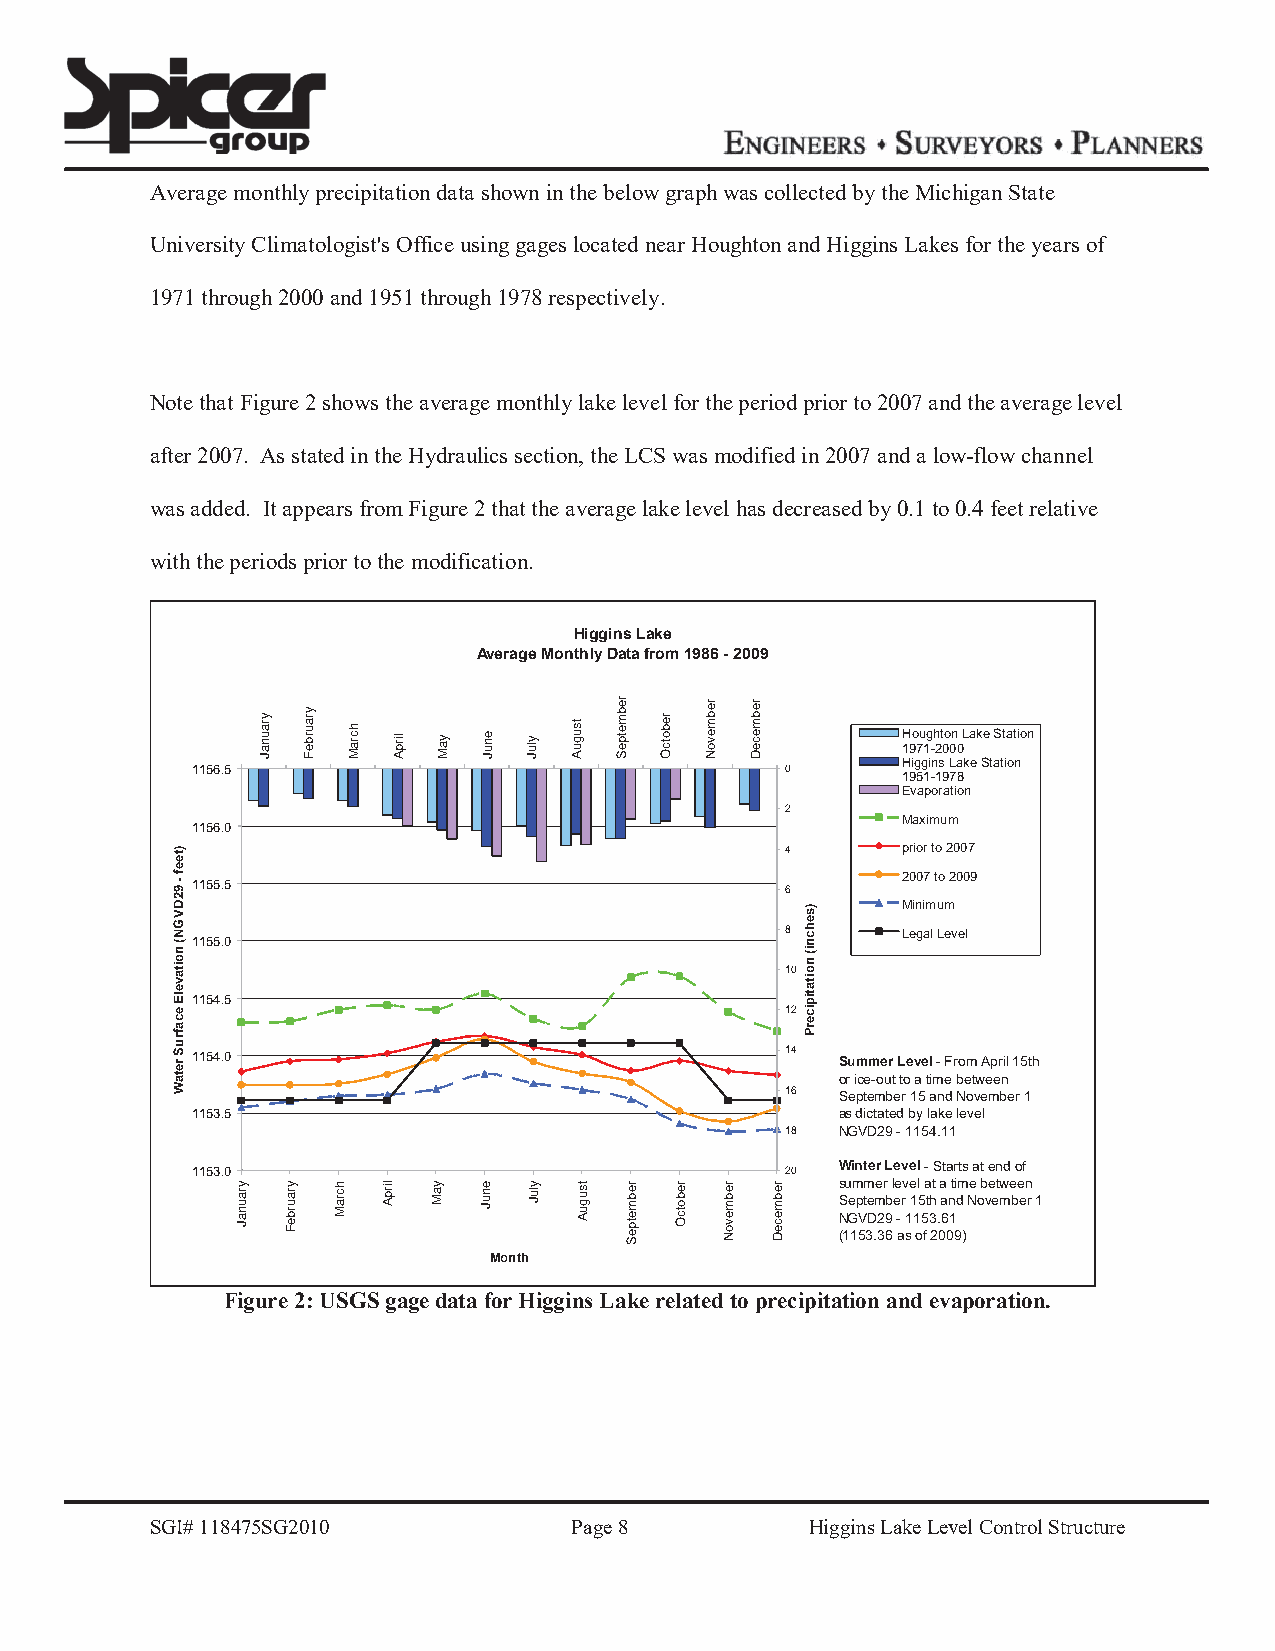
Average monthly precipitation data shown in the below graph was collected by the Michigan State
 University Climatologist's Office using gages located near Houghton and Higgins Lakes for the years of
 1971 through 2000 and 1951 through 1978 respectively.
 Note that Figure 2 shows the average monthly lake level for the period prior to 2007 and the average level
 after 2007. As stated in the Hydraulics section, the LCS was modified in 2007 and a low-flow channel
 was added. It appears from Figure 2 that the average lake level has decreased by 0.1 to 0.4 feet relative
 with the periods prior to the modification.
 Higgins Lake
 Average Monthly Data from 1986 - 2009
 Houghton Lake Station
 1971-2000
 Higgins Lake Station
 1156.5                                 0
 1951-1978
 Evaporation
 2
 Maximum
 1156.0
 4       prior to 2007
 2007 to 2009
 1155.5                                 6
 Minimum
 8       Legal Level
 1155.0
 10
 1154.5
 12
 1154.0                                 14  Summer Level - From April 15th
 or ice-out to a time between
 16  September 15 and November 1
 1153.5                                     as dictated by lake level
 18  NGVD29 - 1154.11
 1153.0                                 20  Winter Level - Starts at end of
 summer level at a time between
 September 15th and November 1
 NGVD29 - 1153.61
 (1153.36 as of 2009)
 Month
 Figure 2: USGS gage data for Higgins Lake related to precipitation and evaporation.
 SGI# 118475SG2010           Page 8          Higgins Lake Level Control Structure
 )teef
 - 92DVGN(
 noitavelE
 ecafruS
 retaW
 yraunaJ
 yraunaJ
 yraurbeF
 yraurbeF
 hcraM
 hcraM
 lirpA
 lirpA yaM
 yaM
 enuJ
 enuJ
 yluJ
 yluJ
 tsuguA
 tsuguA
 rebmetpeS
 rebmetpeS
 rebotcO
 rebotcO
 rebmevoN
 rebmevoN
 rebmeceD
 rebmeceD
 )sehcni(
 noitatipicerP